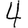
Digit: 4